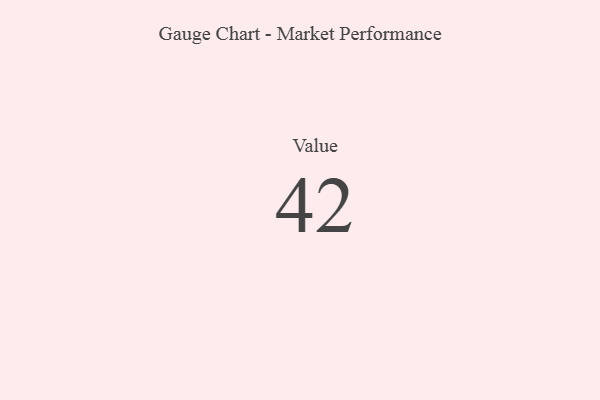
{"axis": {"x": "Metric", "y": "Value"}, "legend": [""], "data": [{"x": "Value", "y": 42, "type": ""}]}